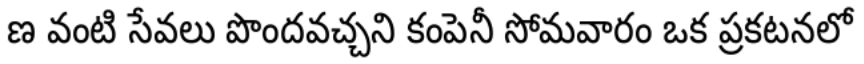
ణ వంటి సేవలు పొందవచ్చని కంపెనీ సోమవారం ఒక ప్రకటనలో